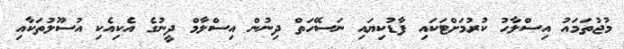
މުޖުތަމައު އިސްލާހު ކުރުމަށްޓަކައި ފާޑުކިޔައި ނަސޭހަތް ދިނުން އިސްލާމް ދީނުގެ އެކިއެކި އުސޫލުތަކާއި